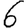
Digit: 6